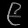
Digit: ၉